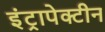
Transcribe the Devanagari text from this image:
इंट्रापेक्टीन